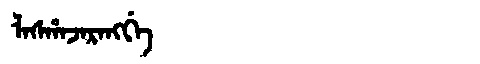
Manchu: ᠯᠠᠰᡥᠠᠵᠠᡵᠠᠩᡤᡝ
Romanization: LASHAJARANGGE